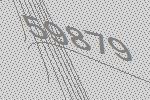
59879